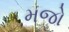
મજો